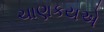
ચાણકયએ